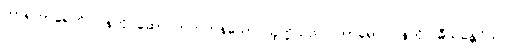
ဘာရဟာရေဟိ၊ ဝန်ကို ဆောင်တတ်ကုန်သော သူတို့သည်။ ဘာရော၊ ဝန်ကို။ ဓီယန္တေဝိယ၊